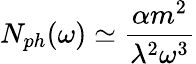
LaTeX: N_{ph}(\omega)\simeq\frac{\alpha m^{2}}{\lambda^{2}\omega^{3}}